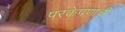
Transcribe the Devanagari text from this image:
परकेपणाची